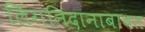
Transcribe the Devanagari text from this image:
लिंगनिदानाबाबत